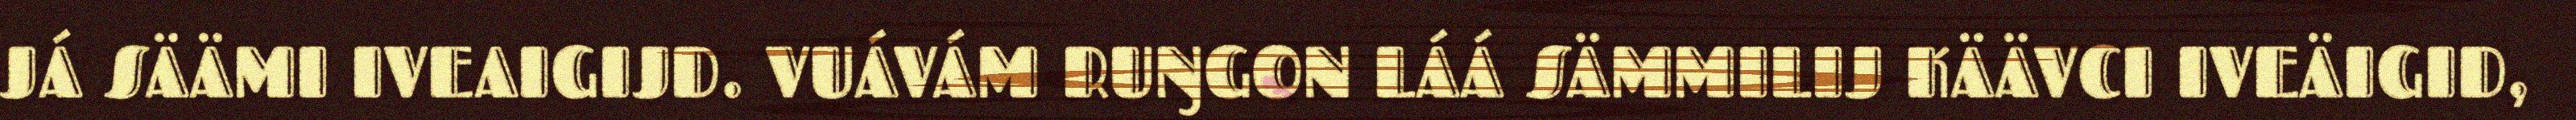
JÁ SÄÄMI IVEAIGIJD. VUÁVÁM RUŊGON LÁÁ SÄMMILIJ KÄÄVCI IVEÄIGID,